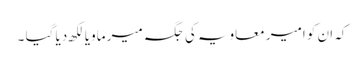
کہ ان کو امیر معاویہ کی جگہ میر ماویا لکھ دیا گیا ۔